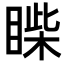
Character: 𥈐